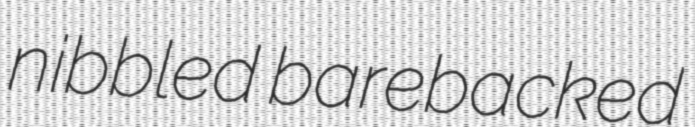
nibbled barebacked